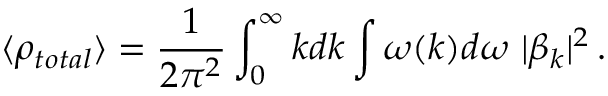
\langle \rho _ { t o t a l } \rangle = \frac { 1 } { 2 \pi ^ { 2 } } \int _ { 0 } ^ { \infty } k d k \int \omega ( k ) d \omega ~ | \beta _ { k } | ^ { 2 } \, .